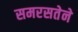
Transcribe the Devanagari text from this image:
समरसतेने